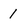
Character: 1